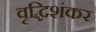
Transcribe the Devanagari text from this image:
वृद्धिशंकर